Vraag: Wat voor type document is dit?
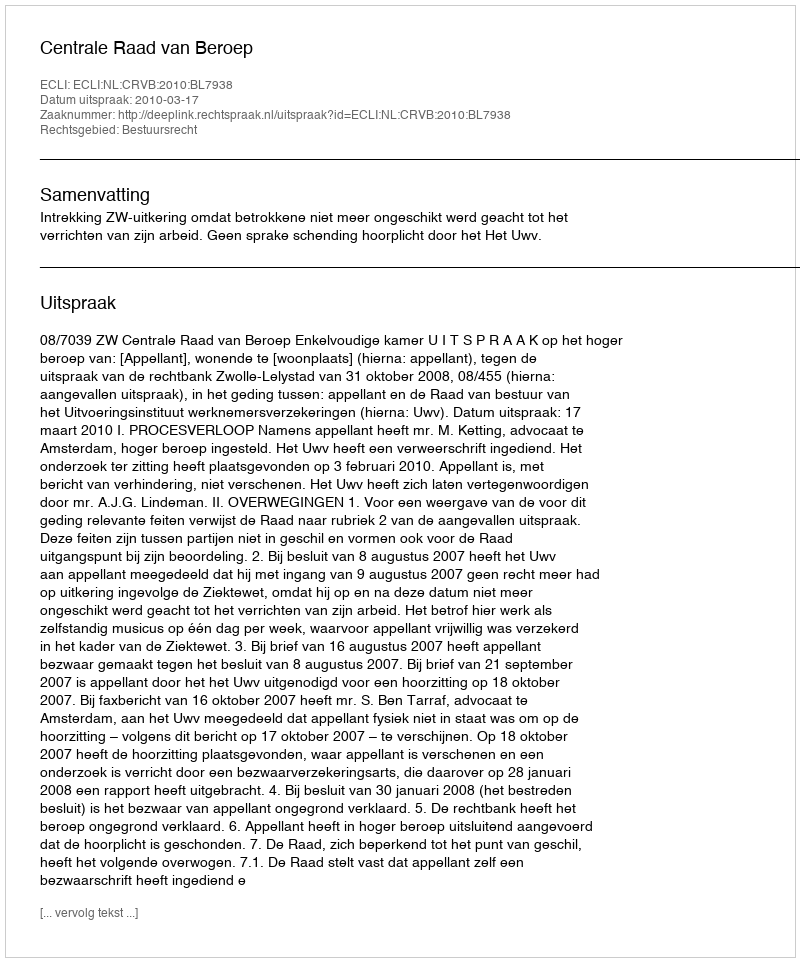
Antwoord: Uitspraak